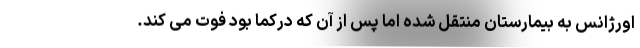
اورژانس به بیمارستان منتقل شده اما پس از آن که درکما بود فوت می کند.